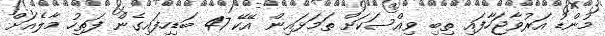
މުންޑު އަރުވާޖަހާފައި ތިބި ވިއްސަކަށް ތަމަޅައިން އޭކޭ 47 ބަޑިހިފައިގެން ފަތިހު މާލެއަށް